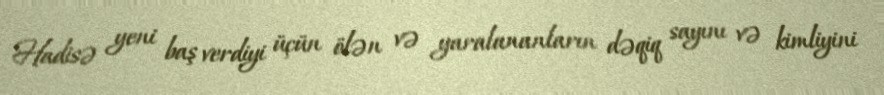
Hadisə yeni baş verdiyi üçün ölən və yaralananların dəqiq sayını və kimliyini